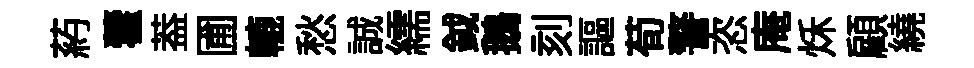
葯藿葢圃轆愁誠繻鉞鵝刻謳荀警恣庵秌顧繞